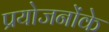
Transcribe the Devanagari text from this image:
प्रयोजनोंके